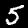
Digit: 5